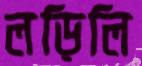
লড়িলি